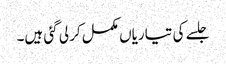
جلسے کی تیاریاں مکمل کر لی گئی ہیں۔